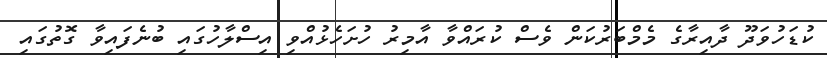
ކުޑަހުވަދޫ ދާއިރާގެ މެމްބަރުކަން ވެސް ކުރައްވާ އާމިރު ހުށަހެޅުއްވި އިސްލާހުގައި ބުނެފައިވާ ގޮތުގައި